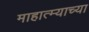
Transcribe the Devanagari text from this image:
माहात्म्याच्या